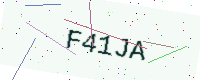
Text: F41JA